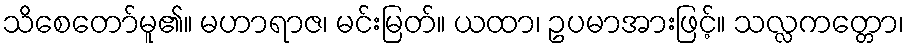
သိစေတော်မူ၏။ မဟာရာဇ၊ မင်းမြတ်။ ယထာ၊ ဥပမာအားဖြင့်။ သလ္လကတ္တော၊